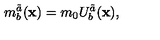
m _ { b } ^ { \tilde { a } } ( { \bf x } ) = m _ { 0 } U _ { b } ^ { \tilde { a } } ( { \bf x } ) ,